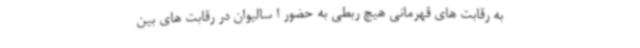
به رقابت های قهرمانی هیچ ربطی به حضور ا سالیوان در رقابت های بین